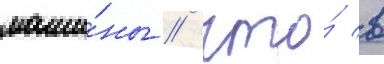
маши́ны / что́ в